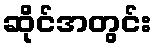
ဆိုင်အတွင်း